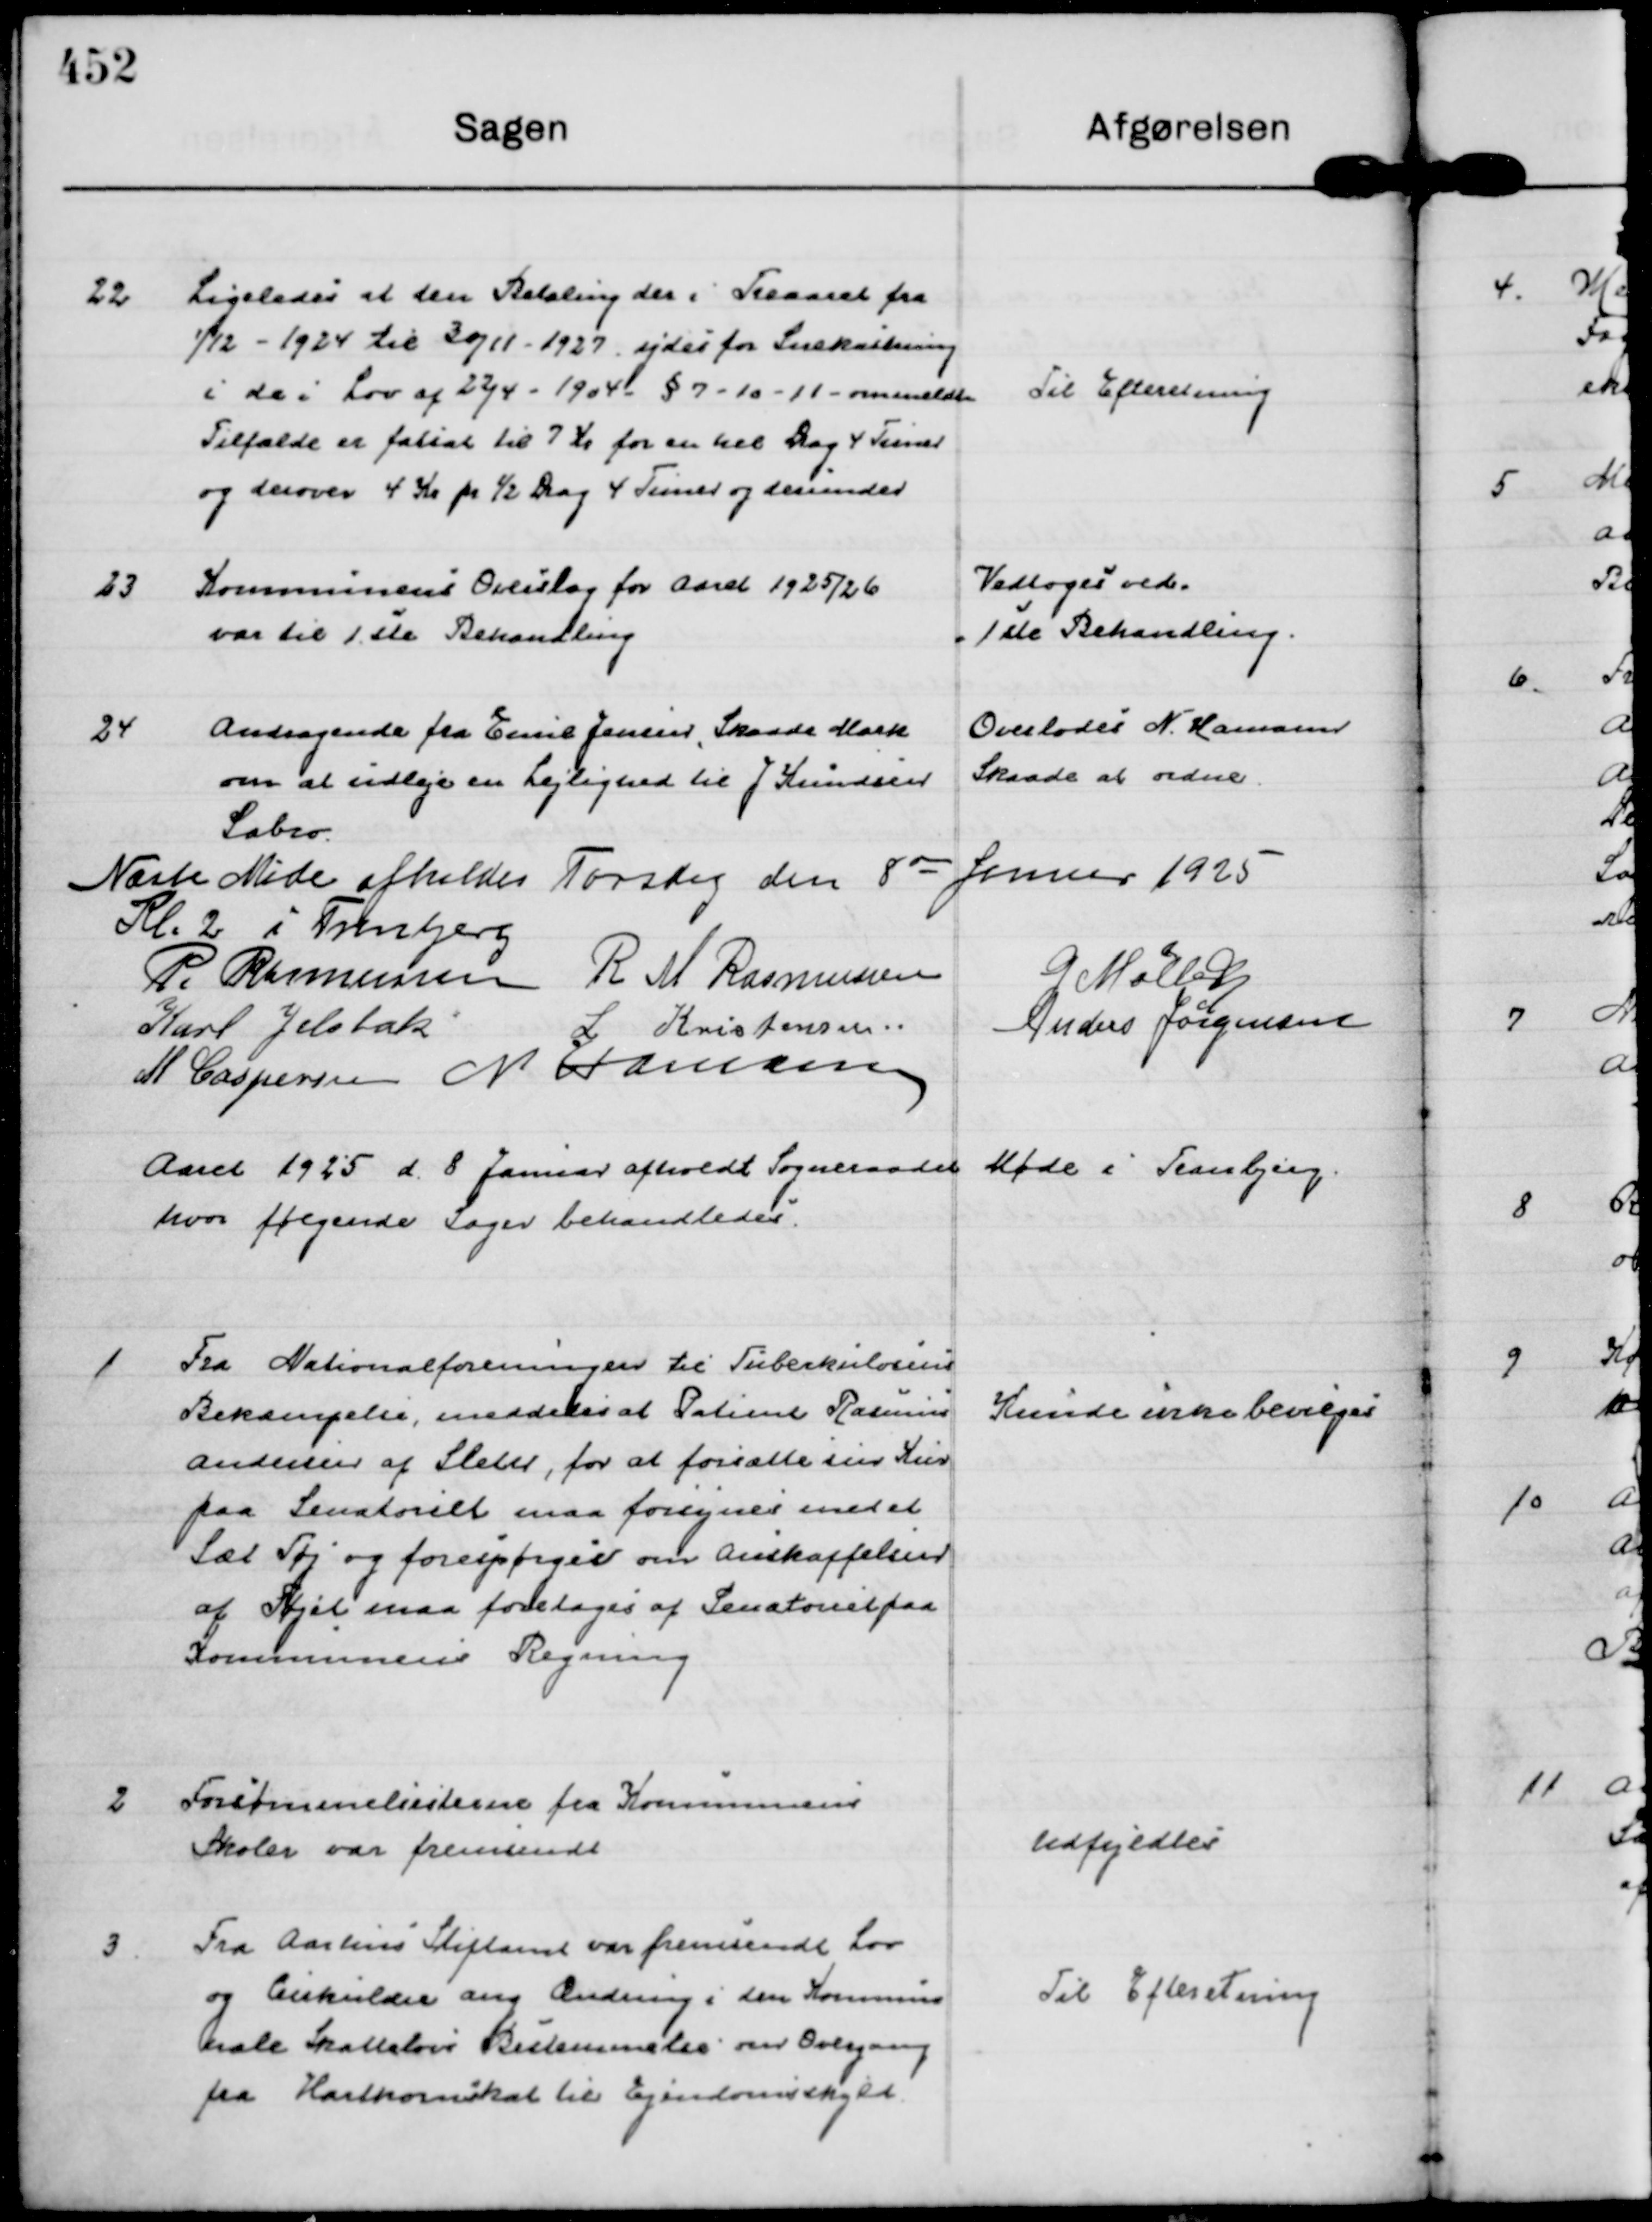
Transskription:
22
Ligeledes at den Betaling der i Treaaret fra
1/12 - 1924 til 30/11 - 1927, ydes Snekastning
i de i Lov af 22/4 - 1904 - § 7 - 10 - 11 - ommeldte
Tilfælde er fatsat til 7 Kr for en hel Dag 4 Timer 
og derover 4 Kr pr ½ Dag 4 Timer og derunder

Til Efteretning

23
Kommunens Overslag for Aaret 1925/26
var til 1 ste Behandling

Vedtoges ved=
= 1 ste Behandling.

24
Andragende fra Emil Jensen, Skaade Mark
om at udleje en Lejlighed til J Knudsen
Sabro.

Overlodes N. Hamann
Skaade at ordne.

Næste Møde afholdes Torsdag den 8 de Januar 1925 
Kl. 2 i Tranbjerg
P. Rasmussen
R M Rasmussen
G Møller
Karl Jelsbak
L Kristensen . . 
Anders Jørgensen
M Caspersen
N Hamann

Aaret 1925 d. 8 Januar afholdt Sogneraadet Møde i Tranbjerg, 
hvor følgende Sager behandledes.

1
Fra Nationalforeningen til Tuberkulosens
Bekæmpelse, meddeles at Patient Rasmus
Andersen af Sleth, for at forsætte sin Kur
paa Sanatoriet maa forsynes med et
Sæt Tøj og forespørger om Anskaffelsen
af Tøjet maa foretages af Senatoriet paa
Kommunens Regning

Kunde ikke bevilges

2
Forsømmelseslisterne fra Kommunens
Skoler var fremsendt

Udfyldtes

3
Fra Aarhus Stiftamt var fremsendt Lov
og Cirkulære ang Ændring i den Kommun=
nale Skattelovs Bestemmelse om Overgang 
fra Hartkornskat til Ejendomsskyld.

Til Efteretning